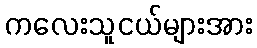
ကလေးသူငယ်များအား